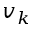
v _ { k }